Annual report on the Civil Veterinary Department, Burma (including the Insein Veterinary School) - 1910-1922
Year: 1910
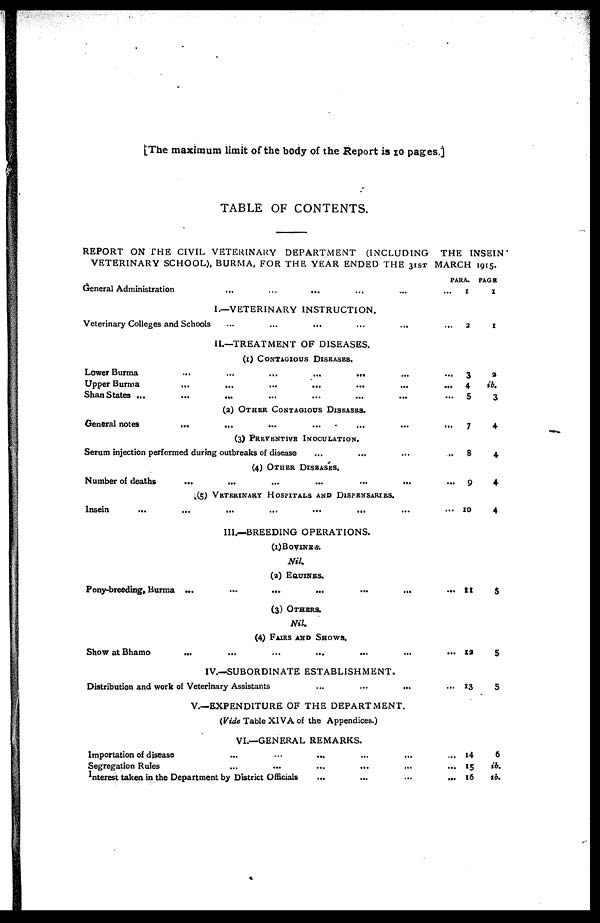
[The maximum limit of the body of the Report is 10 pages.]
TABLE OF CONTENTS.
REPORT ON THE CIVIL VETERINARY DEPARTMENT (INCLUDING
THE INSEIN
VETERINARY SCHOOL), BURMA, FOR THE YEAR ENDED THE 31ST MARCH 1915.
General Administration ... ... ... ... ...
I.—VETERINARY INSTRUCTION.
Veterinary Colleges and Schools ... ... ... ... ...
II.—TREATMENT OF DISEASES.
(1) CONTAGIOUS DISEASES
Lower Burma
...
...
...
...
... ...
Upper Burma
...
...
...
...
... ...
Shan States ...
...
... ... ... ... ...
(2) OTHER CONTAGIOUS DISEASES
General notes
...
... ... ... ... ...
(3) PREVENTIVE INOCULATION.
Serum injection performed during outbreaks of disease ... ... ...
(4) OTHER DISEASES.
Number of deaths ... ... ... ... ... ...
(5) VETERINARY HOSPITALS AND DISPENSARIES.
Insein
...
...
...
...
...
...
III.—BREEDING OPERATIONS.
(1) BOVINES.
Nil.
(2) EQUINES.
Pony-breeding, Burma ...
...
...
...
...
...
(3) OTHERS.
Nil.
(4) FAIRS AND SHOWS.
Show at Bhamo
... ... ... ... ... ...
IV.—SUBORDINATE ESTABLISHMENT.
Distribution and work of Veterinary Assistants ... ... ...
V.—EXPENDITURE OF THE DEPARTMENT.
(Vide Table XIVA of the Appendices.)
VI.—GENERAL REMARKS.
Importation of disease
...
...
...
...
...
Segregation Rules
...
...
...
... ...
Interest taken in the Department by District Officials ... ... ....
PARA.
... 1
... 2
...
3
...
4
5
...
7
...
8
...
9
...
10
... 11
... 12
... 13
... 14
... 15
... 16
PAGE
1
1
2
ib.
3
4
4
4
4
5
5
5
5
ib.
ib.